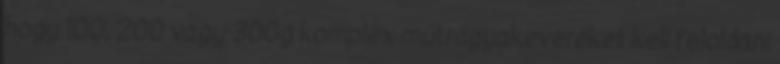
hogy 100, 200 vagy 300g komplex műtrágyakeveréket kell feloldani